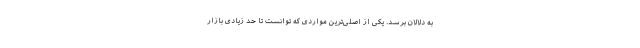
به دلالان برسد. یکی از اصلی‌ترین مواردی که توانست تا حد زیادی بازار